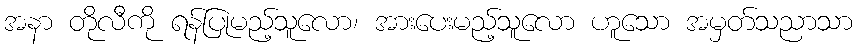
အနာ တိုလီကို ရန်ပြုမည့်သူလော၊ အားပေးမည့်သူလော ဟူသော အမှတ်သညာသာ